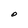
Character: O